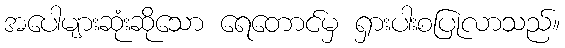
အပေါများဆုံးဆိုသော ရေတောင်မှ ရှားပါးစပြုလာသည်။